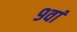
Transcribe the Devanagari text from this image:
९वां